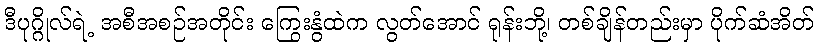
ဒီပုဂ္ဂိုလ်ရဲ့ အစီအစဉ်အတိုင်း ကြွေးနွံထဲက လွတ်အောင် ရုန်းဘို့၊ တစ်ချိန်တည်းမှာ ပိုက်ဆံအိတ်